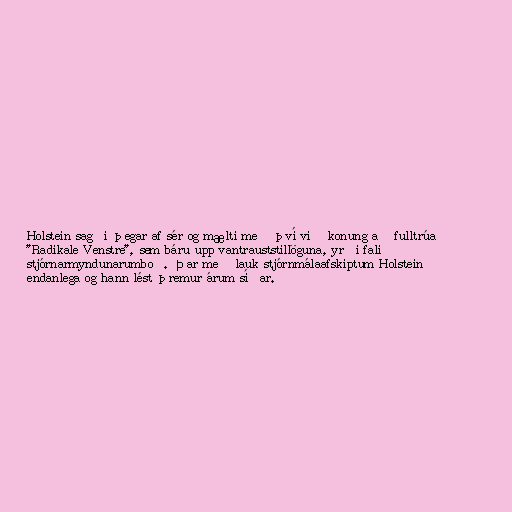
Holstein sagði þegar af sér og mælti með því við konung að fulltrúa
"Radikale Venstre", sem báru upp vantrauststillöguna, yrði falið
stjórnarmyndunarumboð. Þar með lauk stjórnmálaafskiptum Holstein
endanlega og hann lést þremur árum síðar.